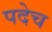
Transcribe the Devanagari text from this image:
पदेच